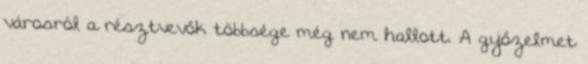
városról a résztvevők többsége még nem hallott. A győzelmet